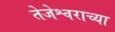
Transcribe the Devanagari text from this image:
तेजेश्वराच्या